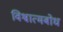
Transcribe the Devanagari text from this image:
विश्वात्मबोध